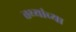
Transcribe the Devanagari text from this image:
तथ्‍यांच्‍या